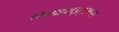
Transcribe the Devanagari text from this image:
गिगाबाइट्सचा